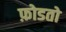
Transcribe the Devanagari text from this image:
फ़ोडतो